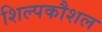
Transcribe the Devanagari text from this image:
शिल्पकौशल